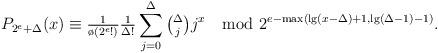
LaTeX: \begin{align*}P_{2^e+\Delta}(x)\equiv{\tfrac1{\o(2^e!)}\tfrac1{\Delta!}}\sum_{j=0}^{\Delta}\tbinom{\Delta}jj^x\mod 2^{e-\max(\lg(x-\Delta)+1,\lg(\Delta-1)-1)}.\end{align*}